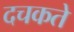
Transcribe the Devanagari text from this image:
दचकते